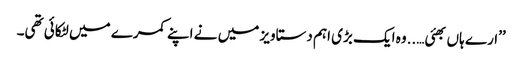
’’ارے ہاں بھئی…..وہ ایک بڑی اہم دستاویز میں نے اپنے کمرے میں لٹکائی تھی۔